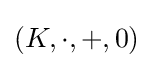
(K,\cdot ,+,0)